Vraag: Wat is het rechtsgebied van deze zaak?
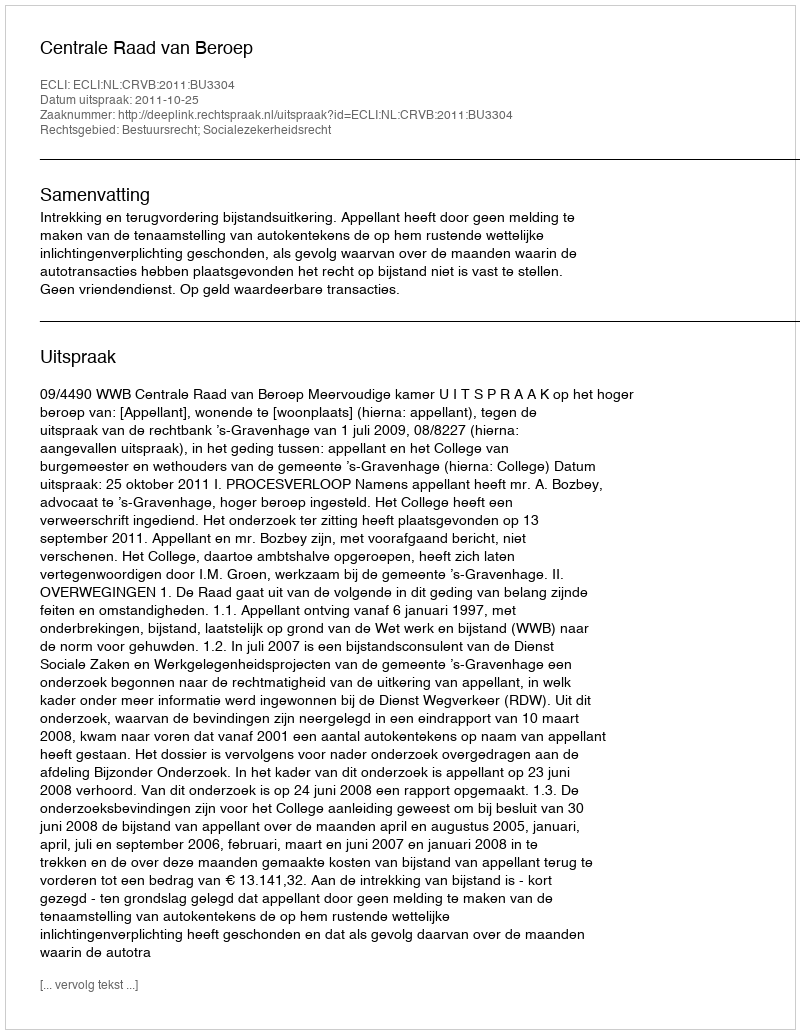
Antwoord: Bestuursrecht; Socialezekerheidsrecht